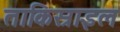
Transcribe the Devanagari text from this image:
ताकिस्राइल